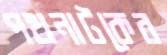
পথনাটকের